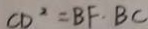
C D ^ { 2 } = B F \cdot B C